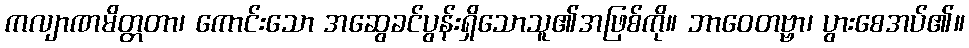
ကလျာဏမိတ္တတာ၊ ကောင်းသော အဆွေခင်ပွန်းရှိသောသူ၏အဖြစ်ကို။ ဘာဝေတဗ္ဗာ၊ ပွားစေအပ်၏။